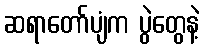
ဆရာတော်ပျံက ပွဲတွေနဲ့